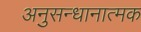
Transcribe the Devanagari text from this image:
अनुसन्धानात्मक